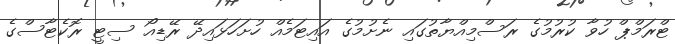
ޓްރަމްޕް ހުވާ ކުރުމުގެ ރަސްމިއްޔާތުގައި ނެށުމުގެ އައިޓަމެއް ހުށަހަޅައިދޭ ރޭޑިއޯ ސިޓީ ރޮކެޓާސްގެ